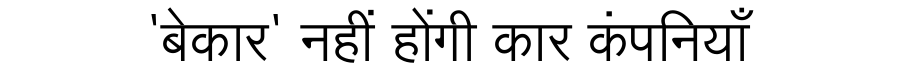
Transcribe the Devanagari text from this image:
'बेकार' नहीं होंगी कार कंपनियाँ